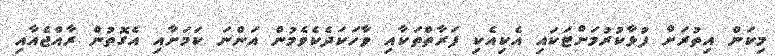
މިކަން އިތުރަށް ފުޅާކުރުމަށްޓަކައި އެކިއެކި ފަރާތްތަކާއި ވާހަކަދެކެވެމުން އަންނަ ކަމަށާއި އެގޮތުން ރާއްޖެއާއި